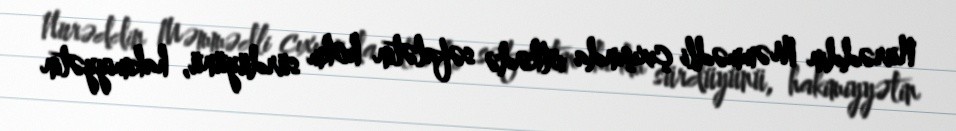
Nurəddin Məmmədli çıxışında ölkədə səfalətin hökm sürdüyünü, hakimiyyətin